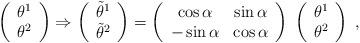
LaTeX: \begin{align*}\left(\begin{array}{c}\theta^1\\ \theta^2\end{array}\right)\Rightarrow\left(\begin{array}{c}\tilde\theta^1\\ \tilde\theta^2\end{array}\right)=\left(\begin{array}{cc}\cos\alpha & \sin\alpha \\ -\sin\alpha & \cos\alpha\end{array}\right)\;\left(\begin{array}{c}\theta^1 \\\theta^2\end{array}\right)\;,\end{align*}